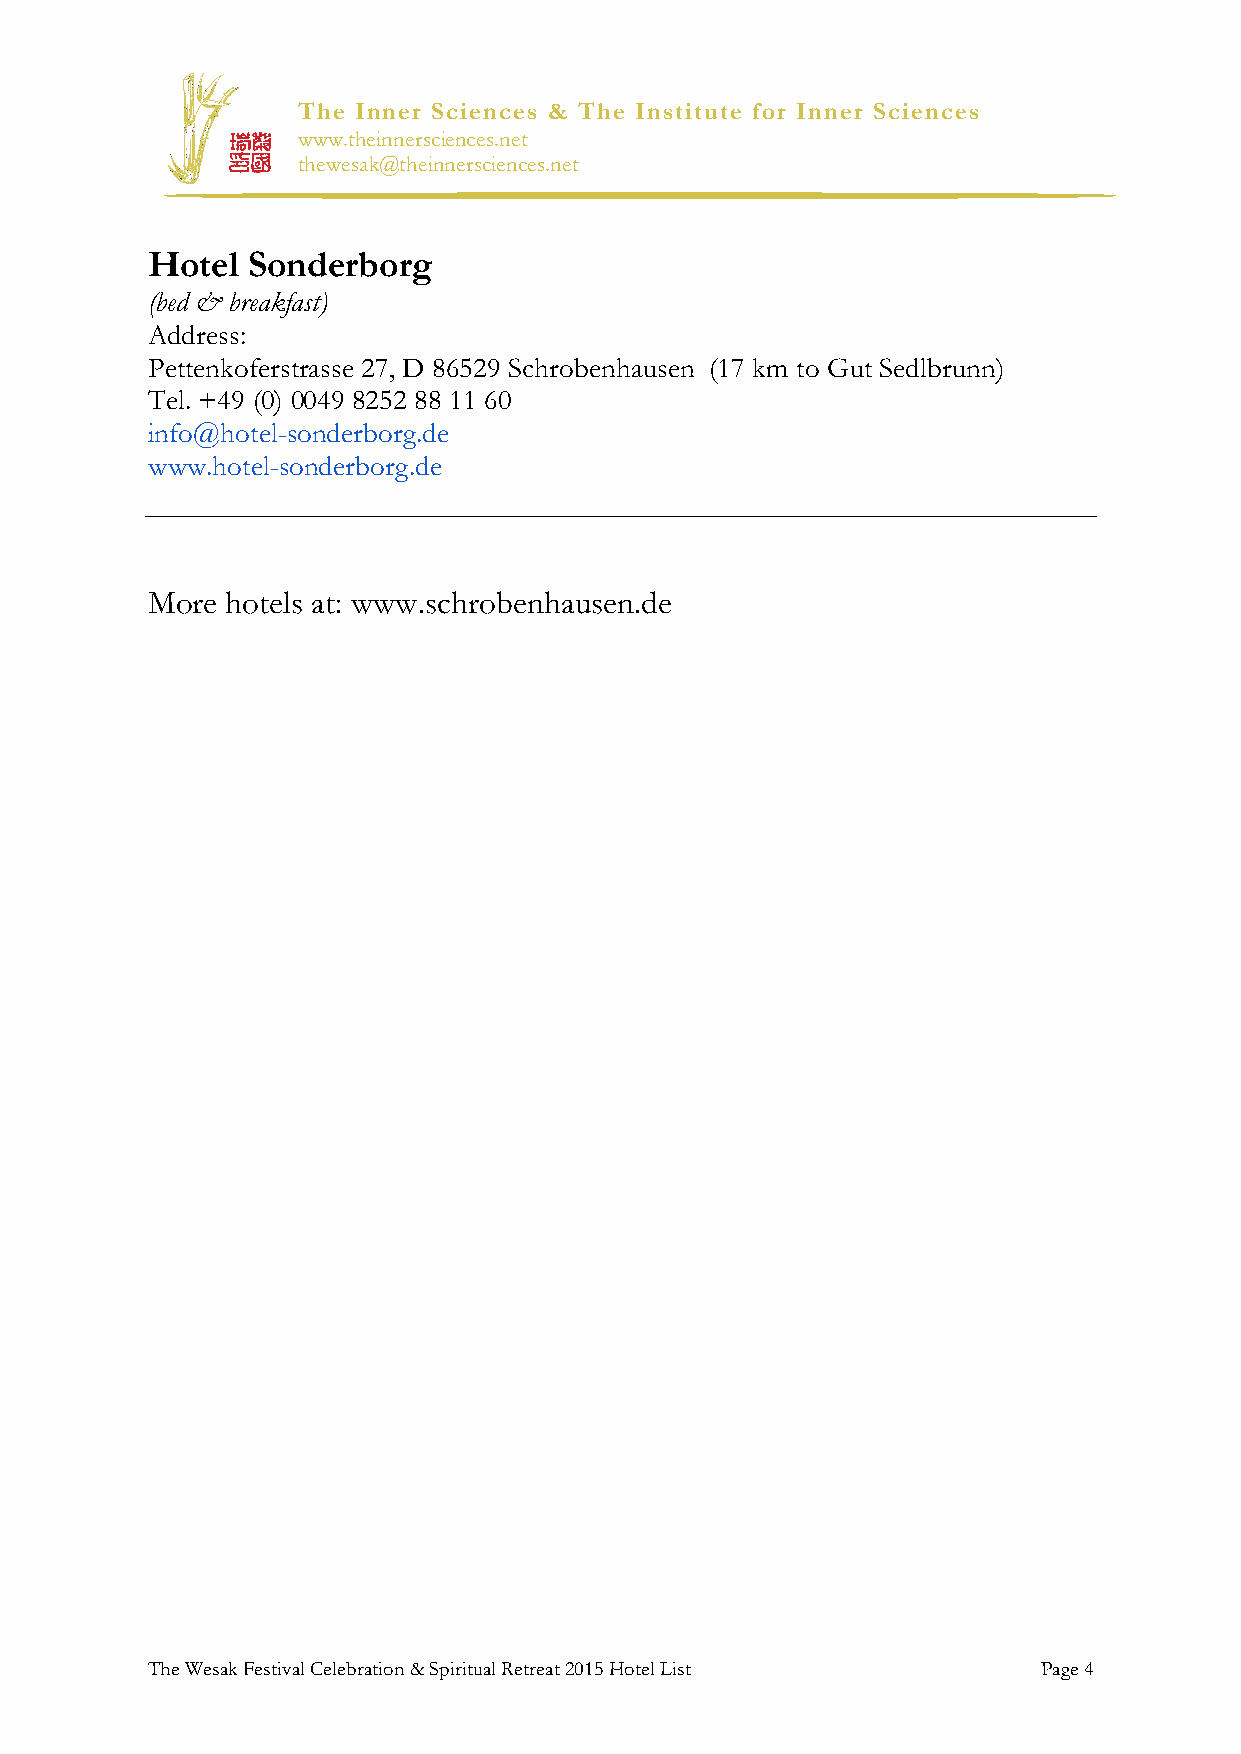
The Inner Sciences & The Institute for Inner Sciences
 www.theinnersciences.net
 thewesak@theinnersciences.net
 Hotel Sonderborg
 (bed & breakfast)
 Address:
 Pettenkoferstrasse 27, D 86529 Schrobenhausen (17 km to Gut Sedlbrunn)
 Tel. +49 (0) 0049 8252 88 11 60
 info@hotel-sonderborg.de
 www.hotel-sonderborg.de
 More hotels at: www.schrobenhausen.de
 The Wesak Festival Celebration & Spiritual Retreat 2015 Hotel List Page 4